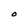
Character: O